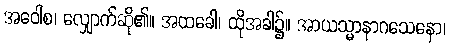
အဝေါစ၊ လျှောက်ဆို၏။ အထခေါ၊ ထိုအခါ၌။ အာယသ္မာနာဂသေနော၊